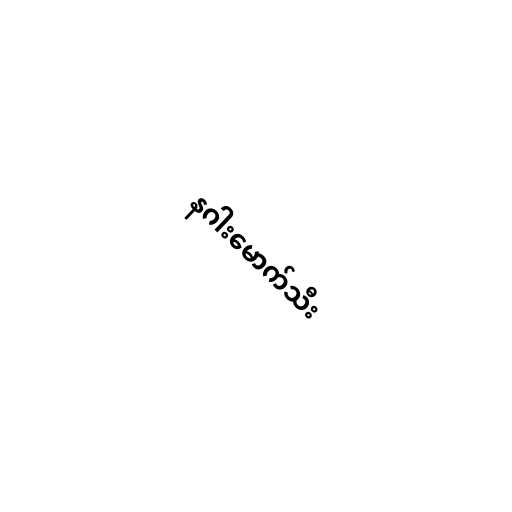
နဂါးမောက်သီး